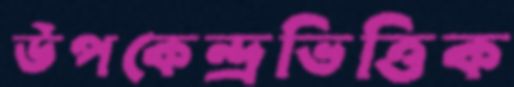
উপকেন্দ্রভিত্তিক